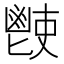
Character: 𩰢